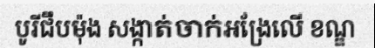
បូរីជឹបម៉ុង សង្កាត់ចាក់អង្រែលើ ខណ្ឌ